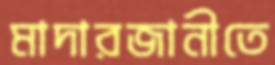
মাদারজানীতে